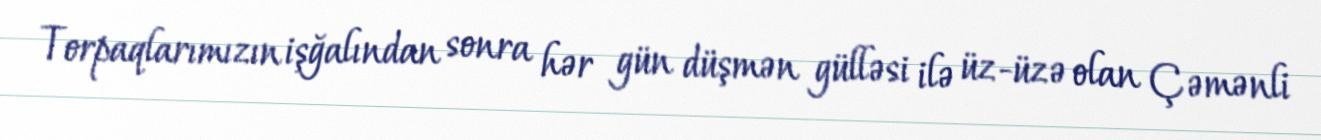
Torpaqlarımızın işğalından sonra hər gün düşmən gülləsi ilə üz-üzə olan Çəmənli